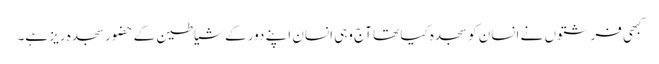
کبھی فرشتوں نے انسان کو سجدہ کیا تھا آج وہی انسان اپنے دور کے شیاطین کے حضور سجدہ ریز ہے۔